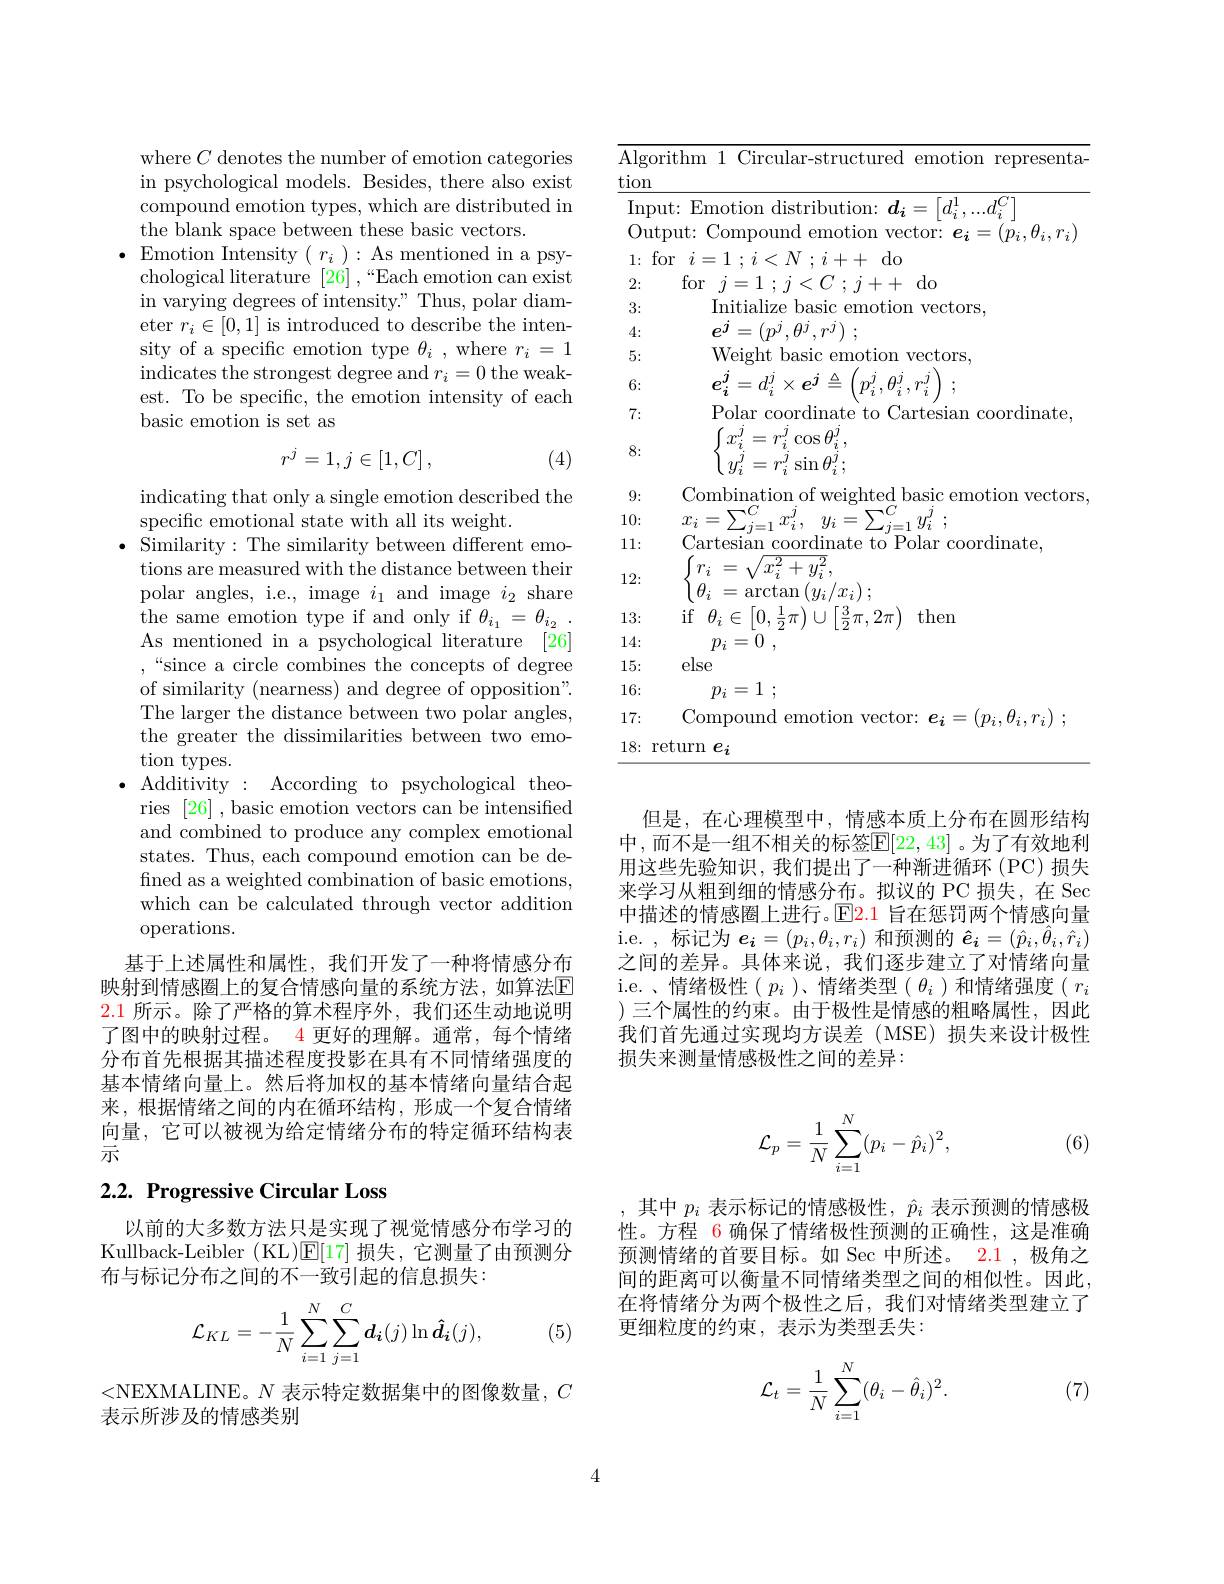
where $C$ denotes the number of emotion categories in psychological models. Besides, there also exist compound emotion types, which are distributed in the blank space between these basic vectors.
$\bullet$Emotion Intensity$(\begin{array}{c}r_{i}\end{array}):$As mentioned in a psychological literature $[26],“$Each emotion can exist in varying degrees of intensity." Thus, polar diameter $r_i\in[0,1]$ is introduced to describe the intensity of a specific emotion type $\theta_i$ , where $r_i=1$ indicates the strongest degree and $r_i=0$ the weakest. To be specific, the emotion intensity of each basic emotion is set as
$$r^j=1,j\in[1,C]\:,$$
(4)

indicating that only a single emotion described the
specific emotional state with all its weight.
$\bullet$ Similarity:The similarity between different emotions are measured with the distance between their polar angles, i.e., image $i_1$ and image $i_2$ share the same emotion type if and only if $\theta _{i_1}= \theta _{i_2}$ . As mentioned in a psychological literature [26] “since a circle combines the concepts of degree of similarity (nearness) and degree of opposition". The larger the distance between two polar angles, the greater the dissimilarities between two emotion types.
$\bullet$ Additivity: According to psychological theo-
ries [26] , basic emotion vectors can be intensified and combined to produce any complex emotional states. Thus, each compound emotion can be defined as a weighted combination of basic emotions, which can be calculated through vector addition operations.
基于上述属性和属性，我们开发了一种将情感分布

映射到情感圈上的复合情感向量的系统方法，如算法$\mathbb{E}$ 2.1所示。除了严格的算术程序外，我们还生动地说明了图中的映射过程。4 更好的理解。通常，每个情绪分布首先根据其描述程度投影在具有不同情绪强度的基本情绪向量上。然后将加权的基本情绪向量结合起来，根据情绪之间的内在循环结构，形成一个复合情绪向量，它可以被视为给定情绪分布的特定循环结构表示

## 2.2. Progressive Circular Loss

以前的大多数方法只是实现了视觉情感分布学习的Kullback-Leibler (KL)$\mathbb{E}[17]$损失，它测量了由预测分布与标记分布之间的不一致引起的信息损失：

(5)
$$\mathcal{L}_{KL}=-\frac{1}{N}\sum_{i=1}^{N}\sum_{j=1}^{C}\boldsymbol{d_{i}}(j)\ln\boldsymbol{\hat{d_{i}}}(j),$$
<NEXMALINE。$N$表示特定数据集中的图像数量，$C$
表示所涉及的情感类别

${\overline{\text{Algorithm 1 Circular-structured emotion representa-}}}$
$\underline{\mathrm{tion}}$
${\overline{\mathrm{Input:~Emotion~distribution:~}}}d_{i}=\begin{bmatrix}d_{i}^{1},...d_{i}^{C}\end{bmatrix}$
Output: Compound emotion vector: $e_i=(\vec{p_i},\theta_i,r_i)$
$1\colon$for$i= 1$ $; i< N$ ; $i+ +$do
2:
for$j= 1$ ; $j< C$ ; $j+$ do
3:
Initialize basic emotion vectors,
4:
$e^{j}=\left(p^{j},\theta^{j},r^{j}\right);$
Weight basic emotion vectors,
5: 6:
$e_{i}^{j}=d_{i}^{j}\times e^{j}\triangleq\left(p_{i}^{j},\theta_{i}^{j},r_{i}^{j}\right);$
Polar coordinate to Cartesian coordinate,
7: 8:
$\begin{cases}x_i^j=r_i^j\cos\theta_i^j,\\y_i^j=r_i^j\sin\theta_i^j;\end{cases}$
Combination of weighted basic emotion vectors,
9: 10:
$\begin{array}{l}{x_{i}=\sum_{j=1}^{C}x_{i}^{j},~y_{i}=\sum_{j=1}^{C}y_{i}^{j}~;}\\{\mathrm{Cartesian~coordinate~to~Polar~coordinate,}}\end{array}$
11: 12:
$\begin{cases}r_{i}&=\sqrt{x_{i}^{2}+y_{i}^{2}},\\\theta_{i}&=\arctan\left(y_{i}/x_{i}\right);\end{cases}$
13:
${\mathrm{if}}$ $\theta _{i}\in \left [ 0, {\frac 12}\pi \right ) \cup \left [ {\frac 32}\pi , 2\pi \right )$ then
14:
$p_i= 0$ ,
else
15:
$p_i= 1$ ;
16: 17:
Compound emotion vector: $\boldsymbol{e}_i= ( p_i, \theta _i, r_i)$ ;
$18\colon$ return $e_i$

但是，在心理模型中，情感本质上分布在圆形结构中，而不是一组不相关的标签$\mathbb{E}[22,43]$。为了有效地利用这些先验知识，我们提出了一种渐进循环(PC)损失来学习从粗到细的情感分布。拟议的 PC 损失，在 Sec 中描述的情感圈上进行。$\mathbb{E}$2.1 旨在惩罚两个情感向量i. e. , 标 记 为 $\boldsymbol{\underset i{e}}= ( p_i, \theta _i, r_i)$和预测的$\hat{e_i}=(\hat{p_i},\hat{\theta_i},\hat{r_i})$ 之间的差异。具体来说，我们逐步建立了对情绪向量i.e.、情绪极性($p_i$)、情绪类型($\theta_i$)和情绪强度$(r_i$ )三个属性的约束。由于极性是情感的粗略属性，因此我们首先通过实现均方误差(MSE)损失来设计极性损失来测量情感极性之间的差异：
$$\mathcal{L}_p=\frac{1}{N}\sum_{i=1}^N(p_i-\hat{p}_i)^2,$$
(6)

其中$p_i$表示标记的情感极性，$\hat{p}_i$表示预测的情感极性。方程 6 确保了情绪极性预测的正确性，这是准确预测情绪的首要目标。如 Sec 中所述。2.1 ,极角之间的距离可以衡量不同情绪类型之间的相似性。因此在将情绪分为两个极性之后，我们对情绪类型建立了更细粒度的约束，表示为类型丢失：
$$\mathcal{L}_t=\frac{1}{N}\sum_{i=1}^N(\theta_i-\hat{\theta}_i)^2.$$
(7)

4